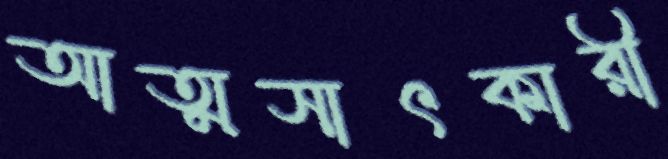
আত্মসাৎকারী